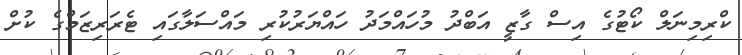
ކްރިމިނަލް ކޯޓުގެ އިސް ގާޒީ އަބްދު މުހައްމަދު ހައްޔަރުކުރި މައްސަލާގައި ޓެރަރިޒަމްގެ ކުށް